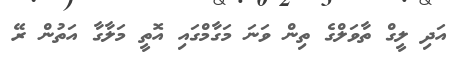
އަދި ލީގް ތާވަލްގެ ތިން ވަނަ މަގާމްގައި އޮތީ މަލާގާ އަތުން ރޭ